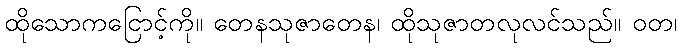
ထိုသောကငြောင့်ကို။ တေနသုဇာတေန၊ ထိုသုဇာတလုလင်သည်။ ဝတ၊